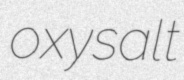
oxysalt